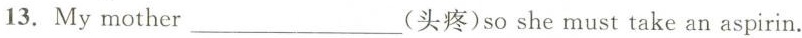
13. My mother ___ (头疼)so she must take an aspirin.